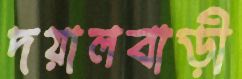
দয়ালবাড়ী